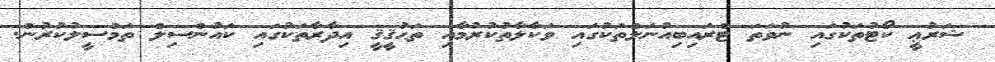
ޝަރުޢީ ކޯޓުތަކުގައި ނުވަތަ ޓްރައިބިއުނަލްތަކުގައި ވަކާލާތުކުރުމާއި ތަޙުޤީޤީ އިދާރާތަކުގައި ކައުންސިލް ތަމްސީލުކުރުން.